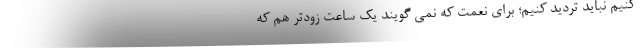
کنیم نباید تردید کنیم؛ برای نعمت که نمی گویند یک ساعت زودتر هم که